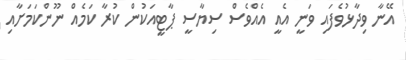
އޭނާ ވިދާޅުވެފައި ވަނީ އެއީ އެއްވެސް ސިޔާސީ ޕާޓީއަކުން ކުރާ ކަމެއް ނޫންކަމަށާއި